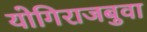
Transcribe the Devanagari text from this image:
योगिराजबुवा